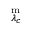
^ { \mathrm { m } } _ { \lambda _ { c } }